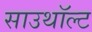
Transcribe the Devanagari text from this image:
साउथॉल्ट